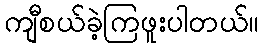
ကျီစယ်ခဲ့ကြဖူးပါတယ်။